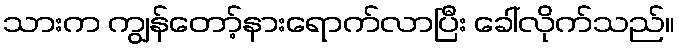
သားက ကျွန်တော့်နားရောက်လာပြီး ခေါ်လိုက်သည်။